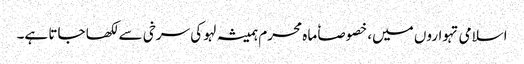
اسلامی تہواروں میں، خصوصاٗ ماہ محرم ہمیشہ لہو کی سرخی سے لکھا جاتا ہے۔